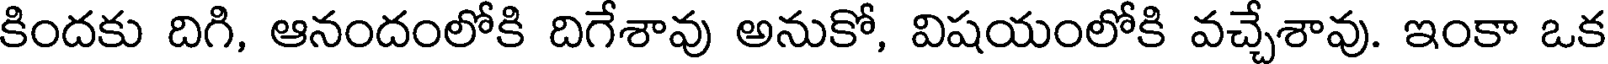
కిందకు దిగి, ఆనందంలోకి దిగేశావు అనుకో, విషయంలోకి వచ్చేశావు. ఇంకా ఒక